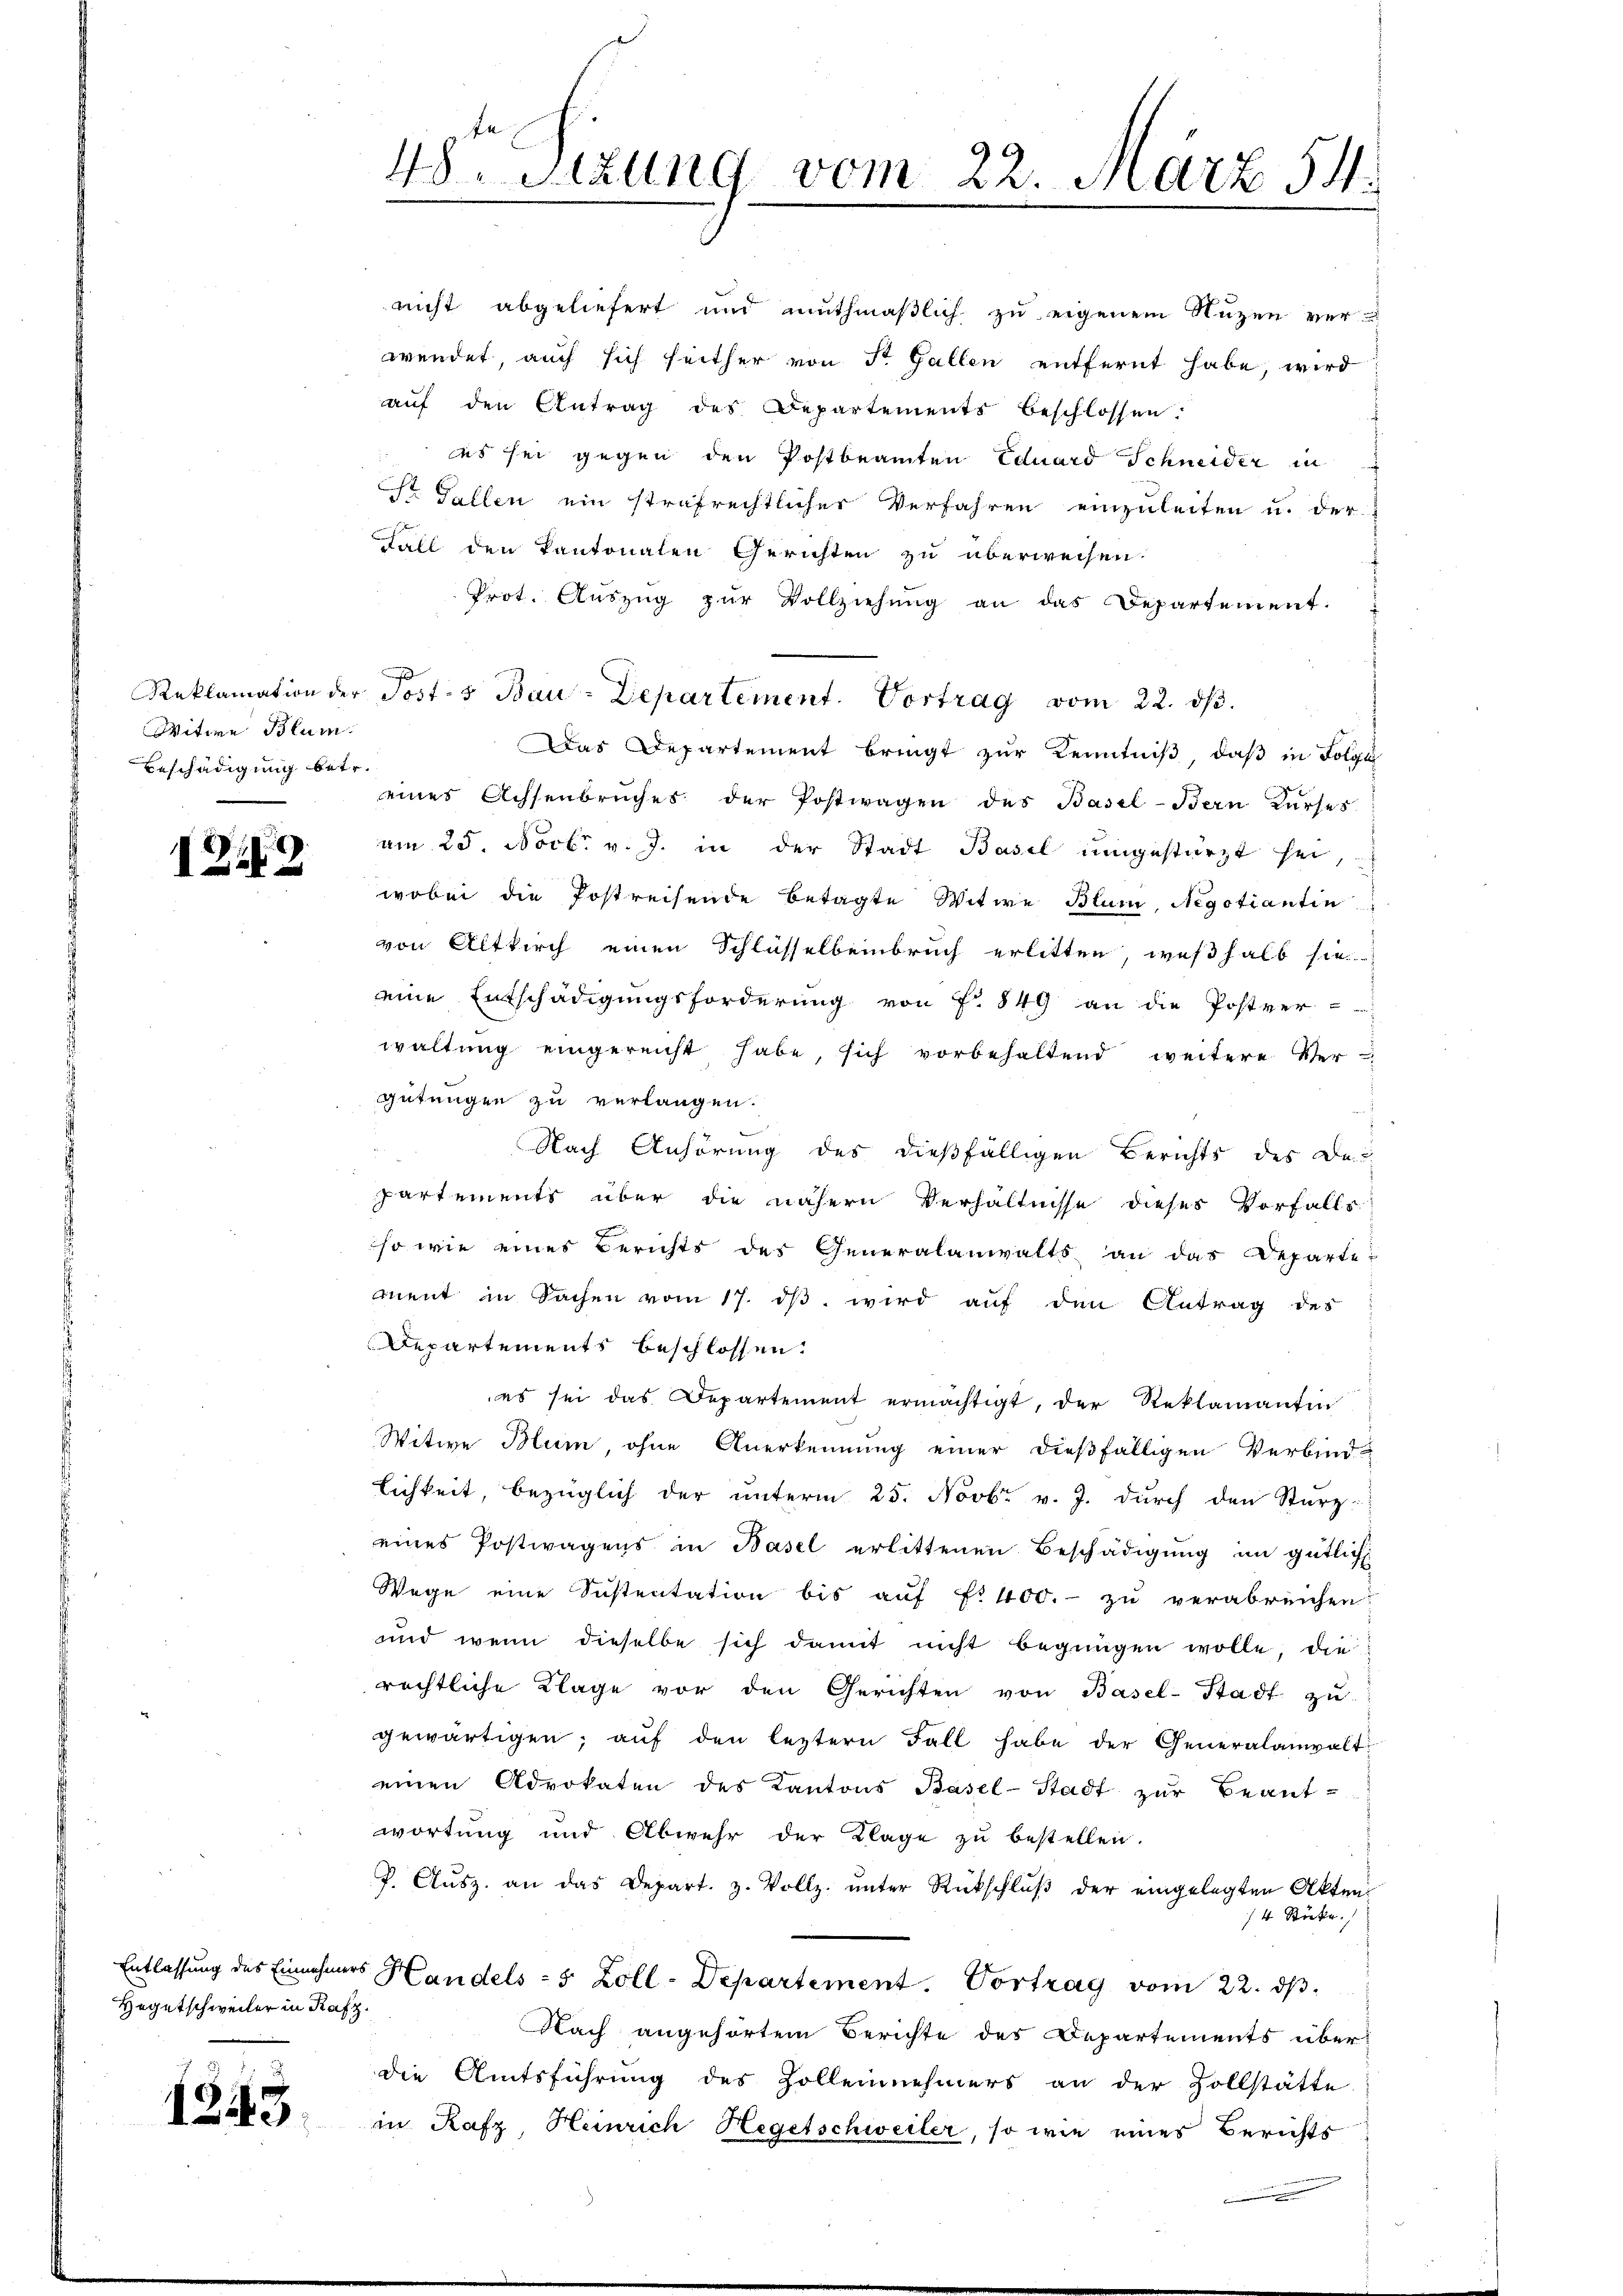
Witwe Blum
Beschädigung betr.

129

Hegetschweiter in Rafz.

1243.

48ten Sizung vom 22. März 54.

nicht abgeliefert und muthmaßlich zu eigenem Nuzen ver-
wendet, auch sich seither von St. Gallen entfernt habe, wird
aŭf den Antrag des Departements beschlossen:
es sei gegen den Postbeamten Eduard Schneider in
St. Gallen ein strafrechtlicher Verfahren einzuleiten u. der
Fall den Kantonalen Gerichten zu überweisen.
Prot. Aŭszŭg zŭr Vollziehung an das Departement.
Das Departement bringt zur Kenntniß, daß in Folge
eines Achsenbruches der Postwagen des Basel-Bern Kurses
am 25. Noct. v. J. in der Stadt Basel umgestürzt sei,
wobei die Postreisende betagte Witwe Blum, Negotiantin
von Altkirch einen Schlüsselbeinbruch erlitten, weßhalb sie
eine Entschädigungsforderung von f. 849 an die Postver-
waltŭng eingereicht habe, sich vorbehaltend weitere Ver-
gütungen zu verlangen.
Nach Anhörung des dießfälligen Berichts des Departements über die nähern Verhältnisse dieses Vorfalls
so wie eines Berichts des Generalanwalts an das Departe
ment in Sachen vom 17. dβ wird auf den Antrag des
Departements beschlossen.
es sei das Departement ermächtigt, der Reklamantin
Witwe Blum, ohne Anerkennung einer dießfälligen Verbindlichkeit, bezüglich der ŭnterm 25. Novbr. v. J. durch den Sturz
eines Postwagens in Basel erlittenen Beschädigung im gütlich
Wege eine Sistentation bis aŭf f. 400.- zu verabreichen.
und wenn dieselbe sich damit nicht begnügen wolle, die
rechtliche Klage vor den Gerichten von Basel-Stadt zu
gewärtigen, aŭf den leztern Fall habe der Generalanwalt
einen Advokaten des Kantons Basel-Stadt zur Beantwortung und Abwehr der Klage zu bestellen.
P. Aŭsz. an das Depart. 3. Vollz. ŭnter Rückschlŭβ der eingelegten Akten
/4 Stücke.
Entlassung des Einnehmers Handels- 5 Zoll-Departement. Vortrag vom 22. dβ.
Nach angehörtem Berichte des Departements überdie Amtsführung des Zollennehmers an der Zollstätte
in Rafz, Heinrich Hegetschweiler, so wie eines Berichts

Reklamation der Posts Bau-Departement. Vortrag vom 22. dβ.